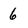
Character: 6